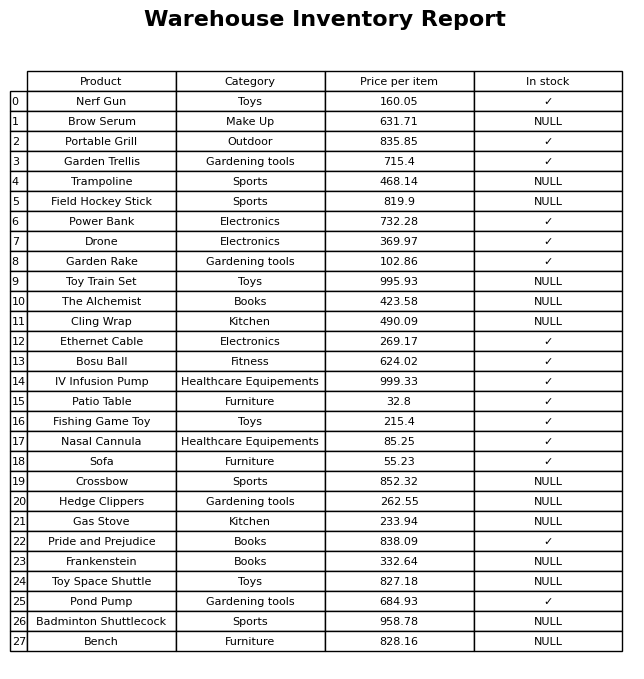
question: What is the stock status of the Brow Serum?
answer: NULL